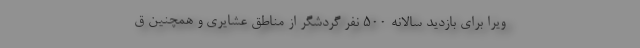
ویرا برای بازدید سالانه ۵۰۰ نفر گردشگر از مناطق عشایری و همچنین ق